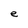
Character: e